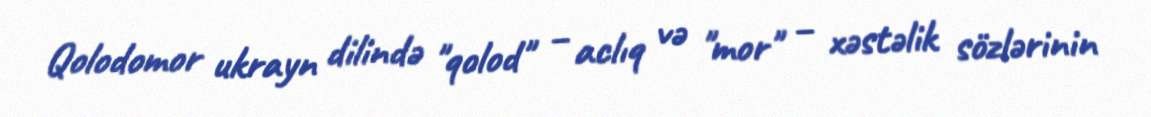
Qolodomor ukrayn dilində "qolod" – aclıq və "mor" – xəstəlik sözlərinin